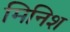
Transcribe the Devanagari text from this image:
मिनिश